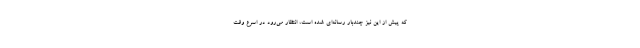
که پیش از این نیز چندبار رسانه‌ای شده است، انتظار می‌رود در اسرع وقت